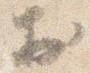
於